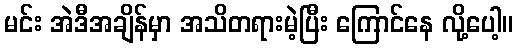
မင်း အဲဒီအချိန်မှာ အသိတရားမဲ့ပြီး ကြောင်နေ လို့ပေါ့။